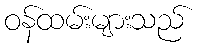
ဝန်ထမ်းများသည်